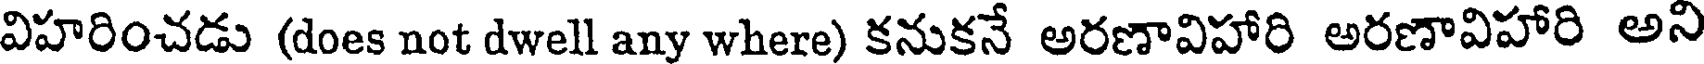
విహరించడు (does not dwell any where) కనుకనే అరణావిహారి అరణావిహారి అని